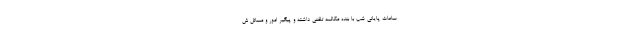
ساعات پایانی شب با بنده مکالمه تلفنی داشته و پیگیر امور و مسائل ش